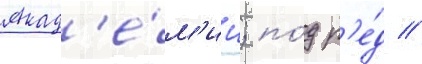
Акад'е́м'ии; по́д р'е́д //